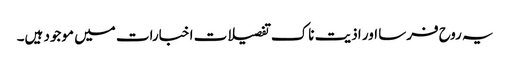
یہ روح فرسا اور اذیت ناک تفصیلات اخبارات میں موجود ہیں۔